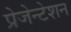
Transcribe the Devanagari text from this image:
प्रेजेन्टेशन